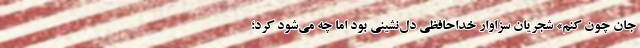
جان چون کنم» شجریان سزاوار خداحافظی دل‌نشینی بود اما چه می‌شود کرد؛